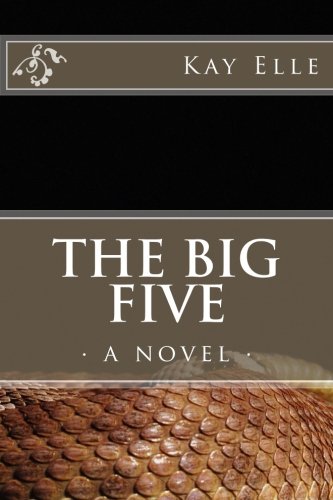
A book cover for The Big Five: A Riotous Novel of Epic Proportions; Kay Elle; Literature & Fiction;